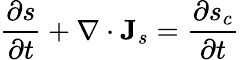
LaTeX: {\frac{\partial s}{\partial t}}+\nabla\cdot\mathbf{J}_{s}={\frac{\partial s_{c}}{\partial t}}